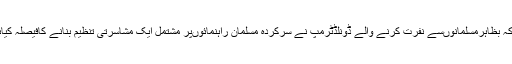
اس سے بھی پہلے کی غیرملکی میڈیاکی ایک رپورٹ اس طرح ایک قومی اخبارمیں شائع ہوئی کہ بظاہرمسلمانوںسے نفرت کرنے والے ڈونلڈٹرمپ نے سرکردہ مسلمان راہنمائوںپر مشتمل ایک مشاسرتی تنظیم بنانے کافیصلہ کیاہے جومسلمانوںکے خدشات دورکرنے کے لیے امریکی حکومت کے ساتھ مل کرکام کرے گی۔